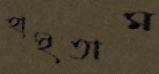
হাইতাম